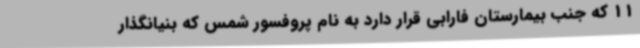
11 که جنب بیمارستان فارابی قرار دارد به نام پروفسور شمس که بنیانگذار